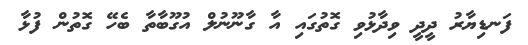
ފަނޑިޔާރު ދީދީ ވިދާޅުވި ގޮތުގައި އާ ގާނޫނުލް އުގޫބާތާ ބެހޭ ގޮތުން ފުޅާ